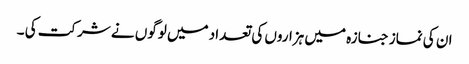
ان کی نماز جنازہ میں ہزاروں کی تعداد میں لوگوں نے شرکت کی ۔